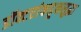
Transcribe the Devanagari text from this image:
डॉक्टरांकडूनसुद्धा